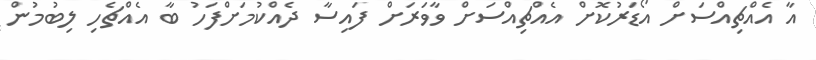
އާ އެއްޗިއްސަށް އޯޑަރުކޮށް އެއްޗިއްސަށް ވާވަރަށް ފައިސާ ދެއްކުމަށްފަހު ބާ އެއްޗެހި ލިބުމުން